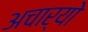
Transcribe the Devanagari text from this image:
अचार्यो